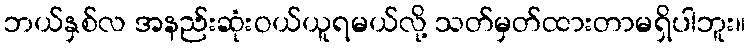
ဘယ်နှစ်လ အနည်းဆုံးဝယ်ယူရမယ်လို့ သတ်မှတ်ထားတာမရှိပါဘူး။